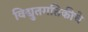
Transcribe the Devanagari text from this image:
विद्युतगतिकीचे